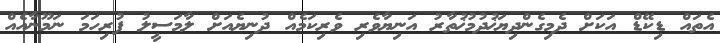
އެތައް ޑިކޭޑް އަކަށް ދެމިގެންދިޔަޚުދުމުޚުތާރު އަނިޔާވެރި ވެރިކަމެއް ދުނިޔެއަށް ލާމަސީލު ފުރިހަމަ ނަމޫނާއެއް